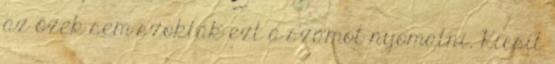
az őzek sem szokták ezt a számot nyomatni. Kicsit